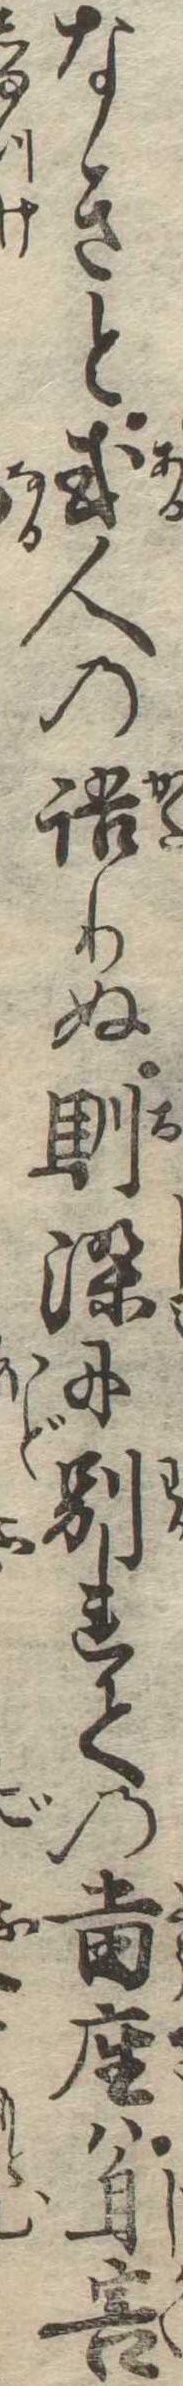
なきと或人の語りぬ馴染に別れての当座は自害